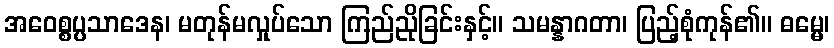
အဝေစ္စပ္ပသာဒေန၊ မတုန်မလှုပ်သော ကြည်ညိုခြင်းနှင့်။ သမန္နာဂတာ၊ ပြည့်စုံကုန်၏။ ဓမ္မေ၊